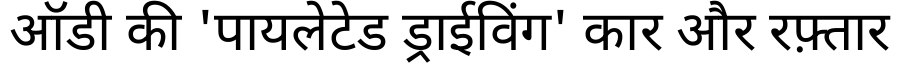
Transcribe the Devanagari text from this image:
ऑडी की 'पायलेटेड ड्राईविंग' कार और रफ़्तार